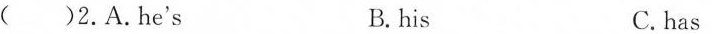
( )2.A.he's B. his C.has